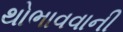
થોભાવવાની